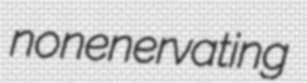
nonenervating